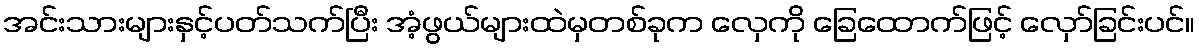
အင်းသားများနှင့်ပတ်သက်ပြီး အံ့ဖွယ်များထဲမှတစ်ခုက လှေကို ခြေထောက်ဖြင့် လှော်ခြင်းပင်။